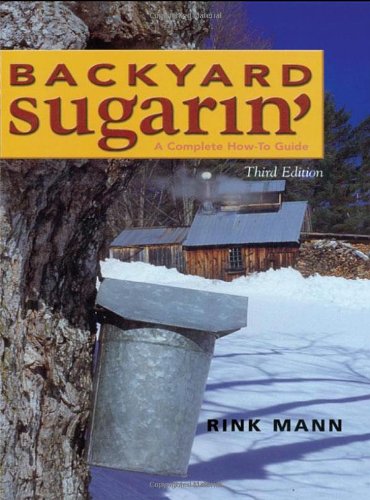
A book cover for Backyard Sugarin': A Complete How-To Guide, Third Edition; Rink Mann; Engineering & Transportation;